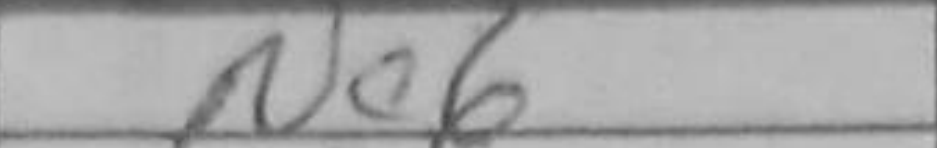
Transcription: Ne6